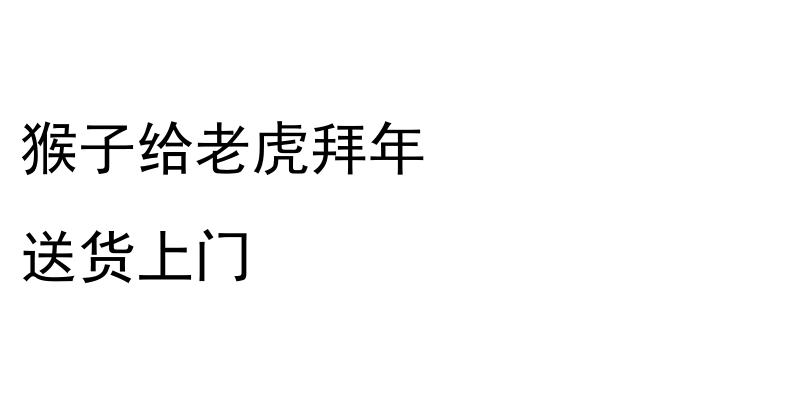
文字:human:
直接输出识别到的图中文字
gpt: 猴子给老虎拜年 送货上门